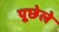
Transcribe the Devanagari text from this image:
पूछेले